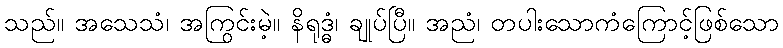
သည်။ အသေသံ၊ အကြွင်းမဲ့။ နိရုဒ္ဓံ၊ ချုပ်ပြီ။ အညံ၊ တပါးသောကံကြောင့်ဖြစ်သော